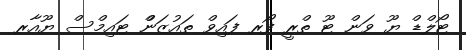
ޓޯލްޑް ޔޫ ވަން ޓޫ ތްރީ ފޯރ ފައިވް ތައުޒަންް ޓައިމްސް ޔޫއާރ